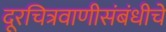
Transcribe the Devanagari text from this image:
दूरचित्रवाणीसंबंधीचे